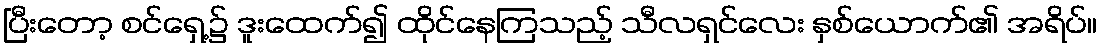
ပြီးတော့ စင်ရှေ့၌ ဒူးထေက်၍ ထိုင်နေကြသည့် သီလရှင်လေး နှစ်ယောက်၏ အရိပ်။